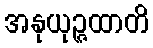
အနုယုဉ္ဇထာတိ